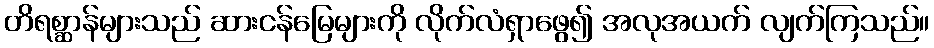
တိရစ္ဆာန်များသည် ဆားငန်မြေများကို လိုက်လံရှာဖွေ၍ အလုအယက် လျက်ကြသည်။